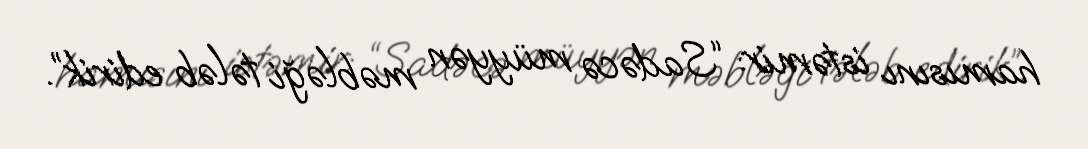
hamısını istəmir: “Sadəcə müyyən məbləği tələb edirik”.